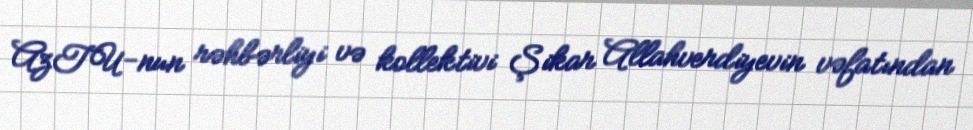
AzTU-nun rəhbərliyi və kollektivi Şikar Allahverdiyevin vəfatından